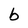
Character: b